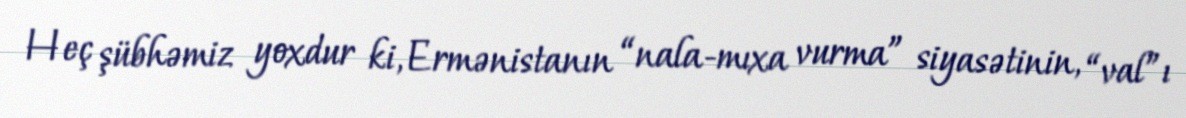
Heç şübhəmiz yoxdur ki, Ermənistanın “nala-mıxa vurma” siyasətinin, “val”ı